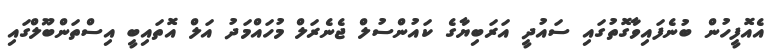
އެއޮފީހުން ބުނެފައިވާގޮތުގައި ސައުދީ އަރަބިޔާގެ ކައުންސުލް ޖެނެރަލް މުހައްމަދު އަލް އޮތައިބީ އިސްތަންބޫލްގައި